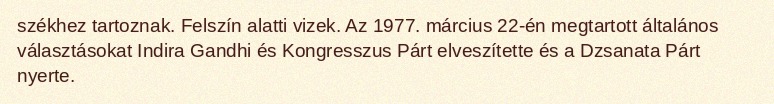
székhez tartoznak. Felszín alatti vizek. Az 1977. március 22-én megtartott általános választásokat Indira Gandhi és Kongresszus Párt elveszítette és a Dzsanata Párt nyerte.